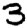
Digit: 3